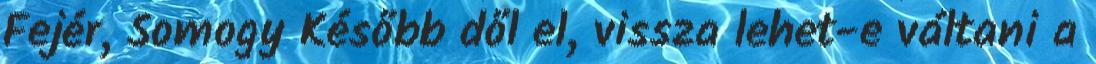
Fejér, Somogy Később dől el, vissza lehet-e váltani a